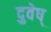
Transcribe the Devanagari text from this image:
दुवेष्